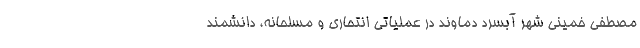
مصطفی خمینی شهر آبسرد دماوند در عملیاتی انتحاری و مسلحانه، دانشمند